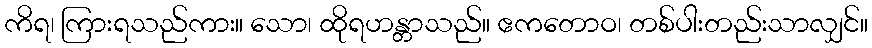
ကိရ၊ ကြားရသည်ကား။ သော၊ ထိုရဟန္တာသည်။ ဧကတောဝ၊ တစ်ပါးတည်းသာလျှင်။